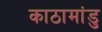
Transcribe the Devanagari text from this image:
काठामांडु